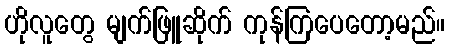
ဟိုလူတွေ မျက်ဖြူဆိုက် ကုန်ကြပေတော့မည်။